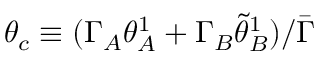
\theta _ { c } \equiv ( \Gamma _ { A } \theta _ { A } ^ { 1 } + \Gamma _ { B } \tilde { \theta } _ { B } ^ { 1 } ) / \bar { \Gamma }